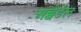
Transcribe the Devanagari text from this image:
अब्बेडेल